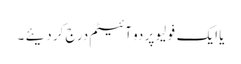
یا ایک فَولِیو پر دو آئیٹم درج کر دیئے ۔